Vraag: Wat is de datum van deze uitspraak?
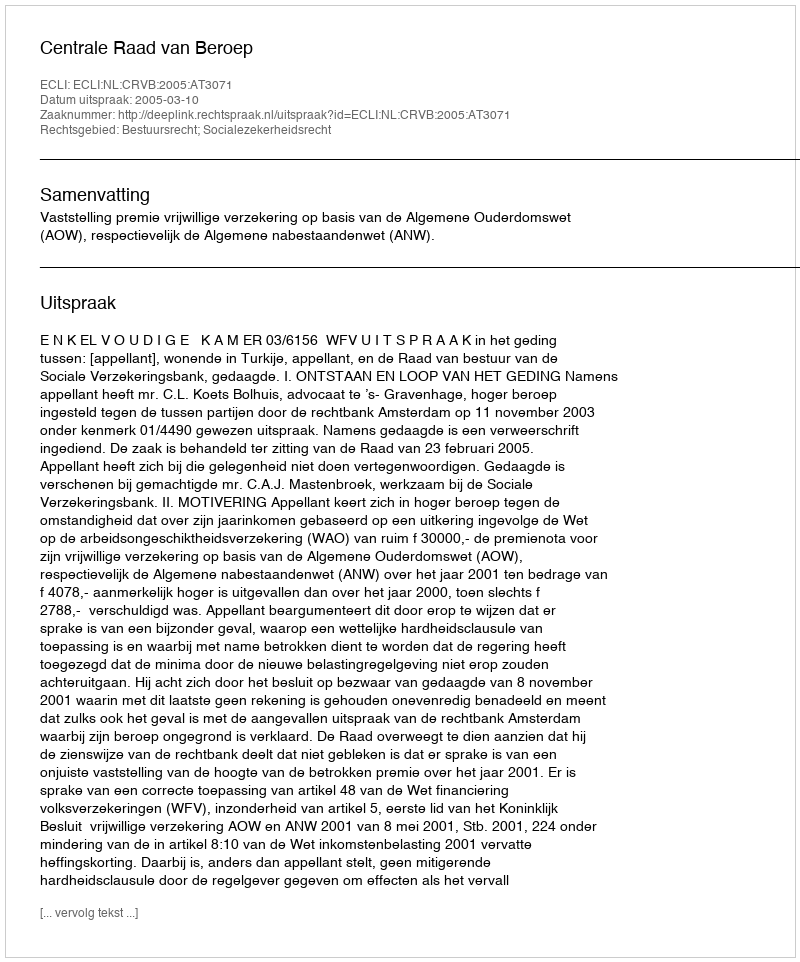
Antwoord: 2005-03-10